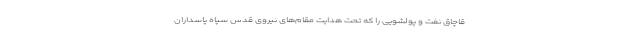
قاچاق نفت و پولشویی را که تحت هدایت مقام‌های نیروی قدس سپاه پاسداران